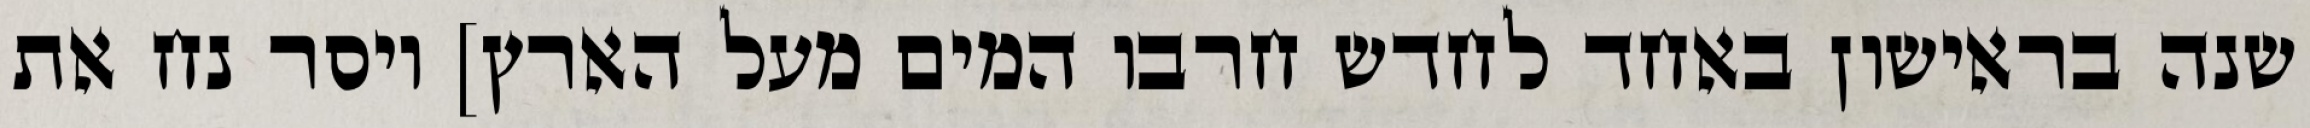
שנה בראישון באחד לחדש חרבו המים מעל הארץ] ויסר נח את